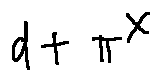
d + \pi ^ { X }